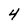
Character: 4